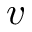
v